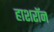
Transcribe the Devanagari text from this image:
हाशरॉन